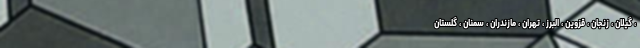
، گیلان ، زنجان ، قزوین ، البرز ، تهران ، مازندران ، سمنان ، گلستان